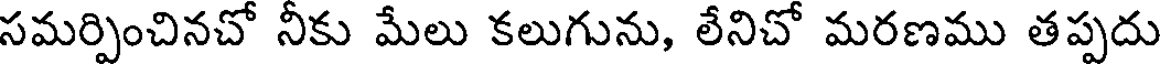
సమర్పించినచో నీకు మేలు కలుగును, లేనిచో మరణము తప్పదు